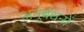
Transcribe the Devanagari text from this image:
अनुबंधनों